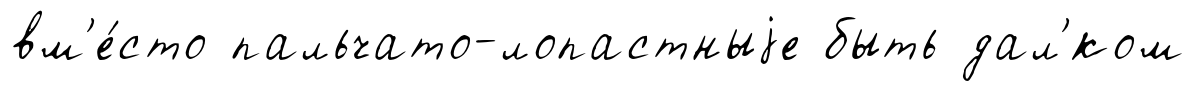
вм'е́сто пальчато-лопастныjе быть дал'́ком